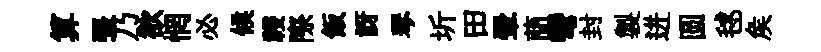
算張乃欲惘必候祲際飯訝琴圻田翬蕳彎封製迸圆毬矦